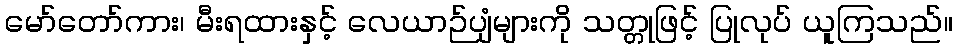
မော်တော်ကား၊ မီးရထားနှင့် လေယာဉ်ပျံများကို သတ္တုဖြင့် ပြုလုပ် ယူကြသည်။